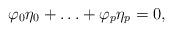
LaTeX: \begin{align*} \varphi_0\eta_0+\ldots+\varphi_p\eta_p=0,\end{align*}